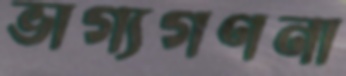
ভাগ্যগণনা